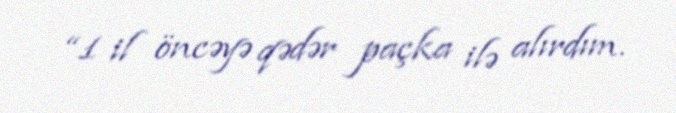
“1 il öncəyə qədər paçka ilə alırdım.